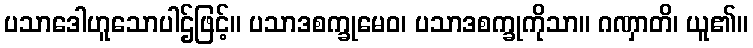
ပသာဒေါဟူသောပါဌ်ဖြင့်။ ပသာဒစက္ခုမေဝ၊ ပသာဒစက္ခုကိုသာ။ ဂဏှာတိ၊ ယူ၏။